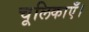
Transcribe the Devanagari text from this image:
चूलिकाएँ।